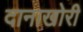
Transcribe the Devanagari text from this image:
दानाखोरी